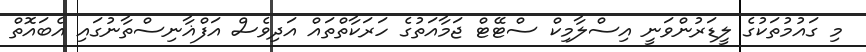
މި ގައުމުތަކުގެ ލީޑަރުންވަނީ އިސްލާމިކް ސްޓޭޓް ޖަމާއަތުގެ ހަރަކާތްތައް އަދިވެސް އަފްޣާނިސްތާނުގައި އެބައޮތް